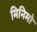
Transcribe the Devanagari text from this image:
मिनिमो